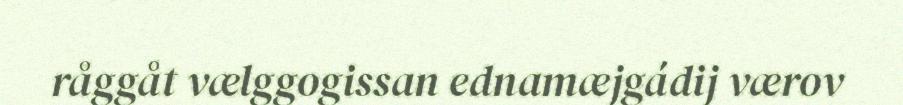
råggåt vælggogissan ednamæjgádij værov